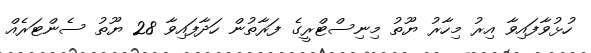
ހުޅުވާފައިވާ އިރު މިހާރު ޔޫތު މިނިސްޓްރީގެ ފަރާތުން ހަދާފައިވާ 28 ޔޫތު ސެންޓަރެއް